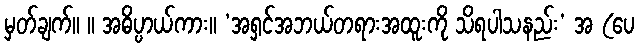
မှတ်ချက်။ ။ အဓိပ္ပာယ်ကား။ ‘အရှင်အဘယ်တရားအထူးကို သိရပါသနည်း’ အ (ပေ